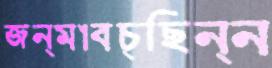
জন্মাবচ্ছিন্ন